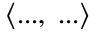
\langle . . . , \; . . . \rangle